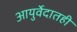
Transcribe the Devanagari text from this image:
आयुर्वेदातही